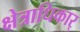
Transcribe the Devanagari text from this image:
क्षेत्राधिकार्